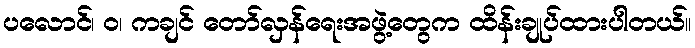
ပလောင်၊ ဝ၊ ကချင် တော်လှန်ရေးအဖွဲ့တွေက ထိန်းချုပ်ထားပါတယ်။